Report on enteric fever
Disease focus: Fever
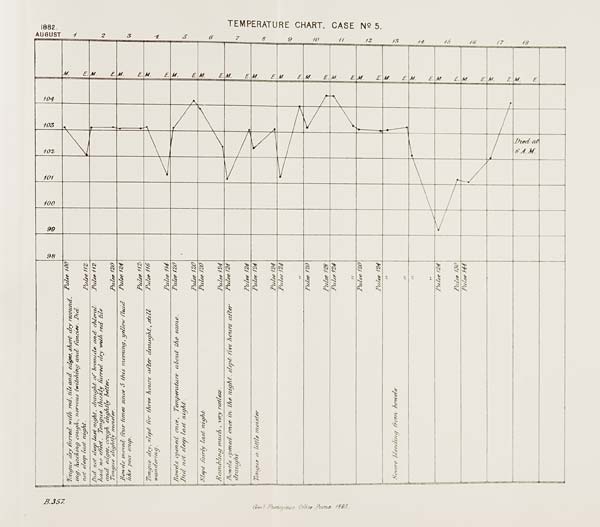
TEMPERATURE CHART, CASE No. 5.
B.357. Govt. Photozinco: Office,Poona 1883.